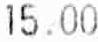
15.00